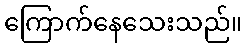
ကြောက်နေသေးသည်။